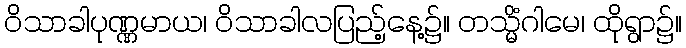
ဝိသာခါပုဏ္ဏမာယ၊ ဝိသာခါလပြည့်နေ့၌။ တသ္မိံဂါမေ၊ ထိုရွာ၌။